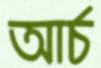
আর্চ